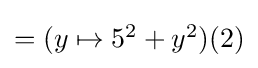
{\textstyle =(y\mapsto 5^{2}+y^{2})(2)}